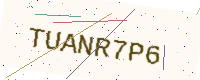
Text: TUANR7P6